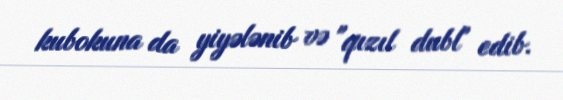
kubokuna da yiyələnib və "qızıl dubl" edib.